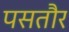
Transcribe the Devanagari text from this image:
पसतौर